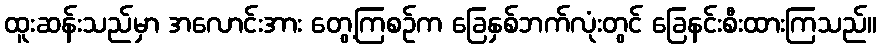
ထူးဆန်းသည်မှာ အလောင်းအား တွေ့ကြစဉ်က ခြေနှစ်ဘက်လုံးတွင် ခြေနင်းစီးထားကြသည်။